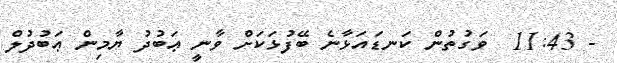
- 11:43  ވަގުތުން ކަނޑައަޅާނެ ބޭފުޅަކަށް ވާނީ ޢަބުދު ޔާމިން ޢަބުދުލް